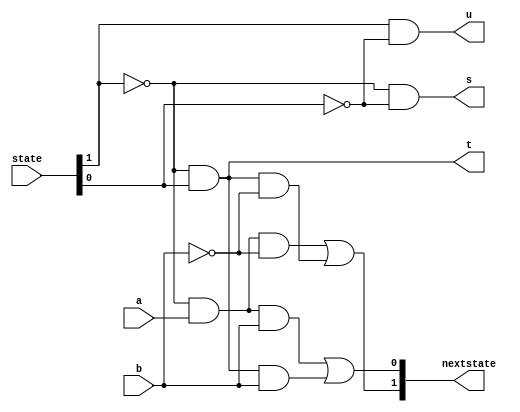
module minlogic(
	input [1:0]state,
	input a,
	input b,
	output reg s,
	output reg t,
	output reg u,
	output reg [1:0]nextstate
);
	
	always @(*) begin
		s = ~state[1] && ~state[0];
		t = ~state[1] && state[0];
		u = state[1] && ~state[0];
		nextstate[1] = (~state[1] && a && ~b) || (~state[1] && state[0] && ~b);
		nextstate[0] = (~state[1] && a && b) || (~state[1] && state[0] && b);
	end

endmodule